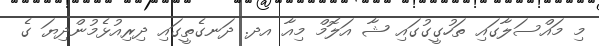
މި މައްސަލާގައި ތަހުގީގުގައި ޝާ އަލޮމް މިއާ އދ. ދަނގެތީގައި ދިރިއުޅެމުންދިޔަ ގެ